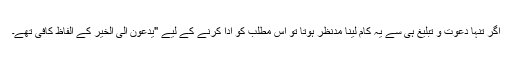
اگر تنہا دعوت و تبلیغ ہی سے یہ کام لینا مدنظر ہوتا تو اس مطلب کو ادا کرنے کے لیے "یَّدْعُوْنَ اِلَی الْخَیْرِ کے الفاظ کافی تھے۔